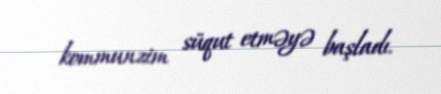
kommunzim süqut etməyə başladı.